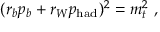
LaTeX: ( r _ { b } p _ { b } + r _ { W } p _ { \mathrm { h a d } } ) ^ { 2 } = m _ { t } ^ { 2 } \ ,